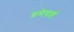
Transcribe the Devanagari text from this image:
त्वमेवाहं